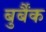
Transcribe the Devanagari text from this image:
बुर्बैंक